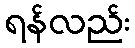
ရန်လည်း